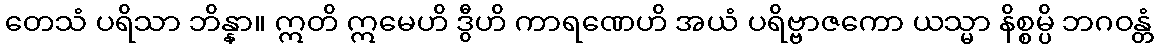
တေသံ ပရိသာ ဘိန္နာ။ ဣတိ ဣမေဟိ ဒွီဟိ ကာရဏေဟိ အယံ ပရိဗ္ဗာဇကော ယသ္မာ နိစ္စမ္ပိ ဘဂဝန္တံ